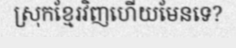
ស្រុកខ្មែរវិញហើយមែនទេ?